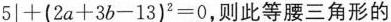
$$5|+(2a+3b-13)^{2}=0$$，则此等腰三角形的